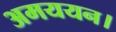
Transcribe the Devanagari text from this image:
अमययन।